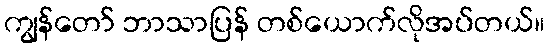
ကျွန်တော် ဘာသာပြန် တစ်ယောက်လိုအပ်တယ်။